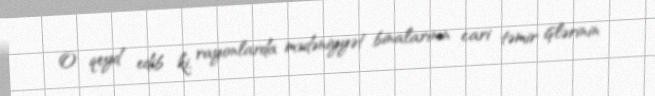
O qeyd edib ki, rayonlarda mədəniyyət binalarının cari təmir işlərinin